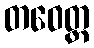
တဝေတ္ထ